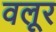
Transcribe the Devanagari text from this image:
वलूर